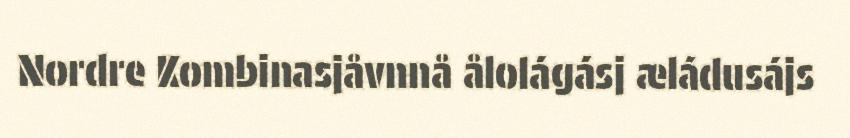
Nordre Kombinasjåvnnå ålolágásj æládusájs